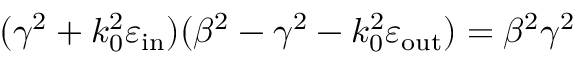
( \gamma ^ { 2 } + k _ { 0 } ^ { 2 } \varepsilon _ { \mathrm { i n } } ) ( \beta ^ { 2 } - \gamma ^ { 2 } - k _ { 0 } ^ { 2 } \varepsilon _ { \mathrm { o u t } } ) = \beta ^ { 2 } \gamma ^ { 2 }